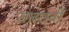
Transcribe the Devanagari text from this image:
सतरावी